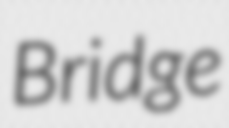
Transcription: Bridge